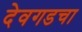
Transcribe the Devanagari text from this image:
देवगडचा